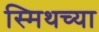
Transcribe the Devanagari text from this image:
स्मिथच्या